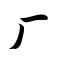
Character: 厂